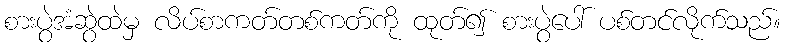
စားပွဲအံဆွဲထဲမှ လိပ်စာကတ်တစ်ကတ်ကို ထုတ်၍ စားပွဲပေါ် ပစ်တင်လိုက်သည်။